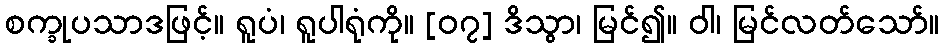
စက္ခုပသာဒဖြင့်။ ရူပံ၊ ရူပါရုံကို။ [၀၇] ဒိသွာ၊ မြင်၍။ ဝါ၊ မြင်လတ်သော်။